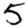
Digit: 5